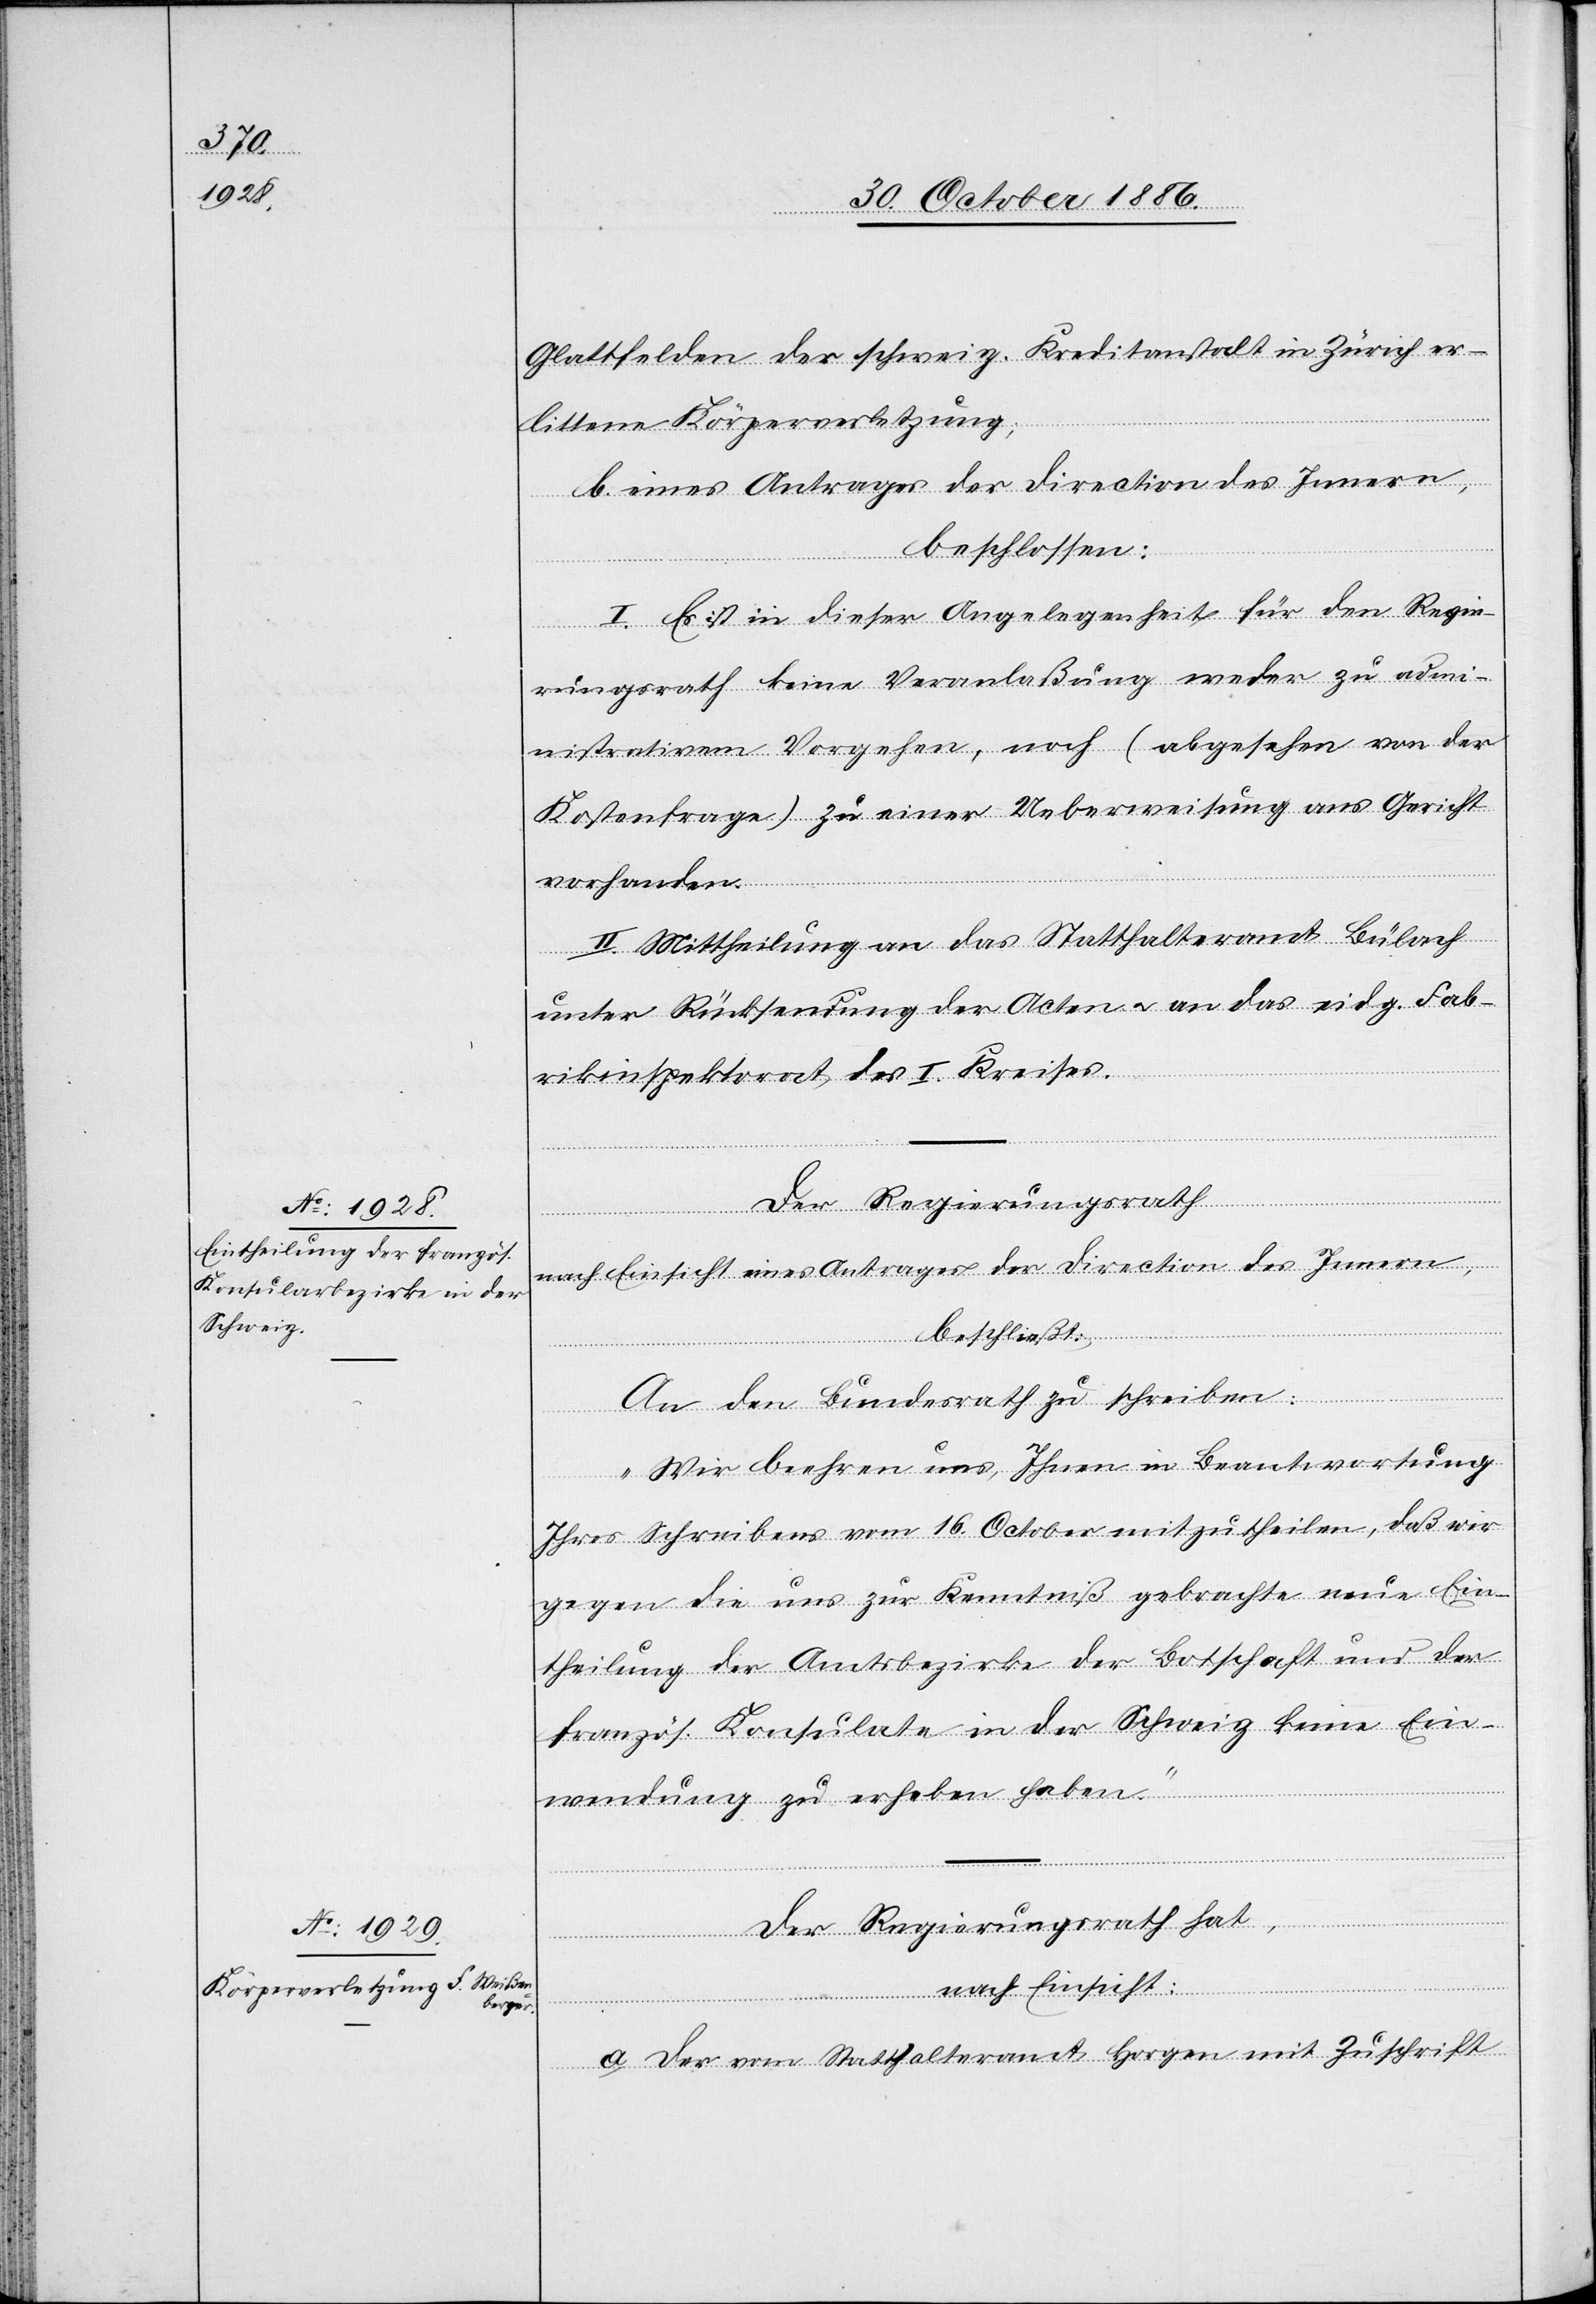
Glattfelden der schweiz. Kreditanstalt in Zürich er¬
littene Körperverletzung;
b. eines Antrages der Direction des Innern,
beschlossen:
I. Es ist in dieser Angelegenheit für den Regie¬
rungsrath keine Veranlaßung weder zu admi¬
nistrativem Vorgehen, noch (abgesehen von der
Kostenfrage) zu einer Ueberweisung ans Gericht
vorhanden.
II. Mittheilung an das Statthalteramt Bülach
unter Rücksendung der Acten & an das eidg. Fab¬
rikinspektorat des I. Kreises.
Der Regierungsrath
nach Einsicht eines Antrages der Direction des Innern,
beschließt:
An den Bundesrath zu schreiben:
„Wir beehren uns, Ihnen in Beantwortung
Ihres Schreibens vom 16. October mitzutheilen, daß wir
gegen die uns zur Kenntniß gebrachte neue Ein¬
theilung der Amtsbezirke der Botschaft und der
französ. Konsulate in der Schweiz keine Ein¬
wendung zu erheben haben.“
Der Regierungsrath hat,
nach Einsicht:
a. der vom Statthalteramt Horgen mit Zuschrift